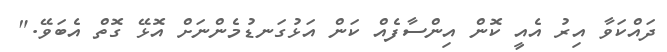
ދައްކަވާ އިރު އެއީ ކޮން އިންސާފެއް ކަން އަޅުގަނޑުމެންނަށް އޮޅޭ ގޮތް އެބަވޭ."